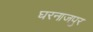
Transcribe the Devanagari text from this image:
घरनाजपुर